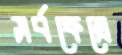
সর্বক্ষেত্রে